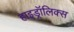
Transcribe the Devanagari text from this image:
हाइड्रॉलिक्स